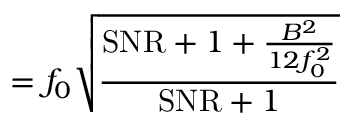
= f _ { 0 } { \sqrt { \frac { \mathrm { S N R } + 1 + { \frac { B ^ { 2 } } { 1 2 f _ { 0 } ^ { 2 } } } } { \mathrm { S N R } + 1 } } }